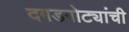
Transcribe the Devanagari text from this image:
दगडगोट्यांची